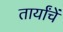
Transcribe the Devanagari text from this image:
तार्यांचें